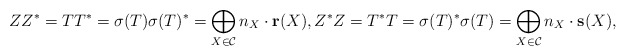
\begin{align*}ZZ^* = TT^*= \sigma (T)\sigma (T)^*= \bigoplus _{X\in \mathcal C} n_X \cdot {\bf r}(X), Z^*Z = T^*T = \sigma (T)^* \sigma (T) = \bigoplus _{X\in \mathcal C} n_X \cdot {\bf s}(X),\end{align*}